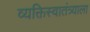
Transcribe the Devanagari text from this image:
व्यक्तिस्वातंत्र्याला